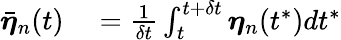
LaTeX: \begin{array}{rl}{\bar{\boldsymbol{\eta}}_{n}(t)}&{{}=\frac{1}{\delta t}\int_{t}^{t+\delta t}\boldsymbol{\eta}_{n}(t^{*})dt^{*}}\end{array}